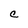
Character: C